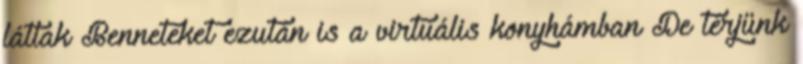
látlak Benneteket ezután is a virtuális konyhámban De térjünk